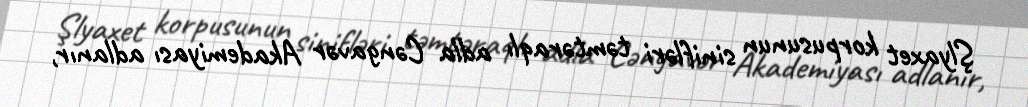
Şlyaxet korpusunun sinifləri təmtəraqlı adla Cəngavər Akademiyası adlanır,